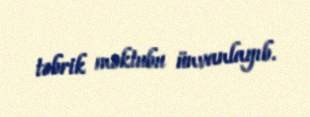
təbrik məktubu ünvanlayıb.